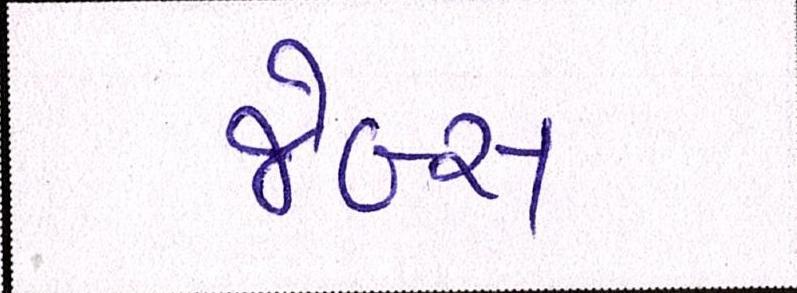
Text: જેબ્સ